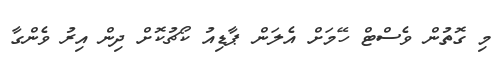
މި ގޮތުން ވެސްޓް ހޭމަށް އެލަން ޕާޑިއު ކޯޗުކޮށް ދިން އިރު ވެންގާ